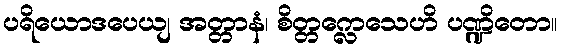
ပရိယောဒပေယျ အတ္တာနံ၊ စိတ္တက္လေသေဟိ ပဏ္ဍိတော။